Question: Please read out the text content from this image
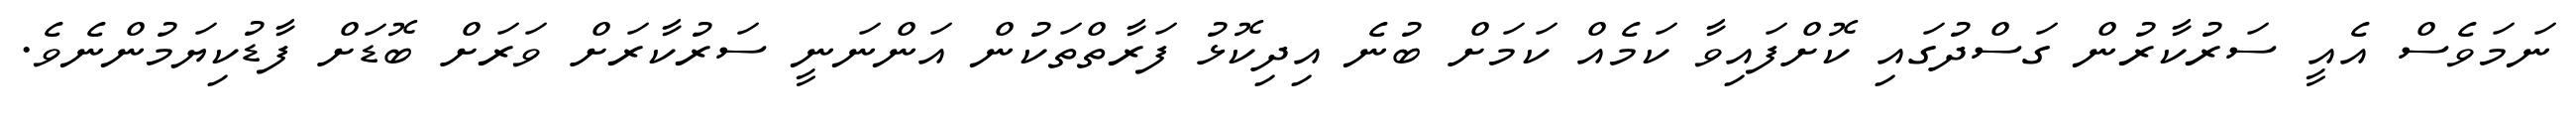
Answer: ނަމަވެސް އެއީ ސަރުކާރުން ގަސްދުގައި ކޮށްފައިވާ ކަމެއް ކަމަށް ބުނެ އިދިކޮޅު ފަރާތްތަކުން އަންނަނީ ސަރުކާރަށް ވަރަށް ބޮޑަށް ފާޑުކިޔަމުންނެވެ.